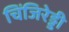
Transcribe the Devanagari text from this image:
चिंजिरेड्डी